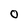
Character: O